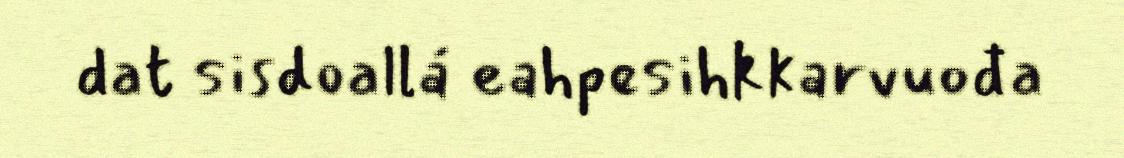
dat sisdoallá eahpesihkkarvuođa